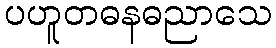
ပဟူတဓနဓညာသေ